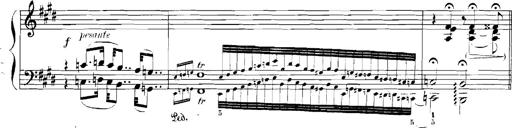
Title: Rhapsodies hongroises
Composer: Franz Liszt